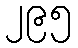
၂၉၅